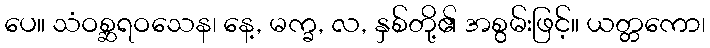
ပေ။ သံဝစ္ဆရဝသေန၊ နေ့, မက္ခ, လ, နှစ်တို့၏ အစွမ်းဖြင့်။ ယတ္တကော၊